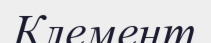
Клемент